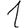
Digit: 1